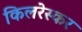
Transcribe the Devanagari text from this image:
किलरेस्कर